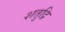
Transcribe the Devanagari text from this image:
शतुद्रि